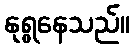
နုရွနေသည်။